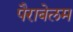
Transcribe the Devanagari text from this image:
पैराबेलम